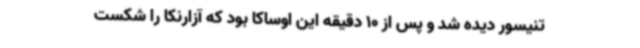
تنیسور دیده شد و پس از 10 دقیقه این اوساکا بود که آزارنکا را شکست